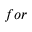
f o r